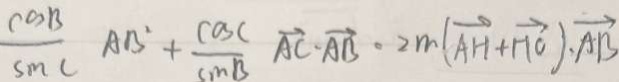
\frac { \cos B } { \sin C } A B ^ { 2 } + \frac { \cos C } { \sin B } \overrightarrow { A C } \cdot \overrightarrow { A B } \cdot 2 m ( \overrightarrow { A H } + \overrightarrow { H C } ) \cdot \overrightarrow { A B }